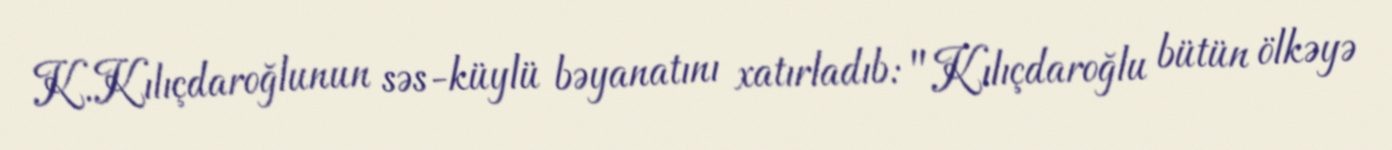
K.Kılıçdaroğlunun səs-küylü bəyanatını xatırladıb: "Kılıçdaroğlu bütün ölkəyə